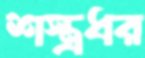
শস্ত্রধর